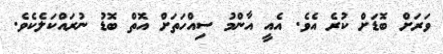
ވަރަށް ބޮޑަށް ކުރެ އެވެ. އެއީ އާންމު ސިއްހަތަށް އޮތް ބޮޑު ނުރައްކަލެކެވެ.